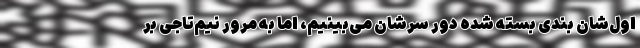
اول‌شان بندی بسته شده دور سرشان می‌بینیم، اما به مرور نیم‌تاجی بر